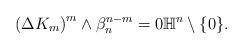
LaTeX: \begin{align*}\left( \Delta K_m\right)^m\wedge \beta_n ^{n-m}=0 \mathbb{H}^n\setminus \{0\}. \end{align*}